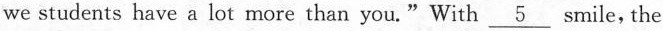
we students have a lot more than you."With \underline{5} smile,the